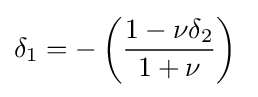
\delta _{1}=-\left({\frac {1-\nu \delta _{2}}{1+\nu }}\right)\;